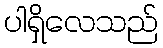
ပါရှိလေသည်